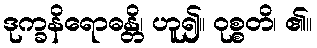
ဒုက္ခနိရောဓန္တိ၊ ဟူ၍။ ဝုစ္စတိ၊ ၏။